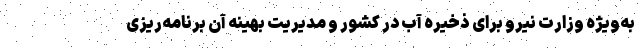
به‌ویژه وزارت نیرو برای ذخیره آب در کشور و مدیریت بهینه آن برنامه‌ریزی